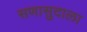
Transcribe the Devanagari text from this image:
सणासुदाला